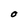
Character: O